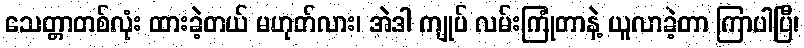
သေတ္တာတစ်လုံး ထားခဲ့တယ် မဟုတ်လား၊ အဲဒါ ကျုပ် လမ်းကြုံတာနဲ့ ယူလာခဲ့တာ ကြာပါပြီ၊